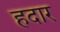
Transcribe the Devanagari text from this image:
हदार